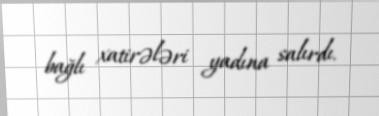
bağlı xatirələri yadına salırdı.